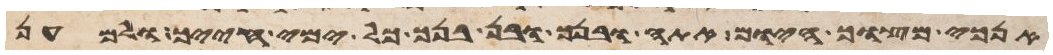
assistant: אנכי מצוך היום אתה ובנך ובן בנך כל ימי חייך ולמען